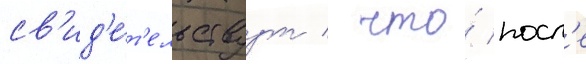
св'ид'е́т'ельствуут / что́ посл'е